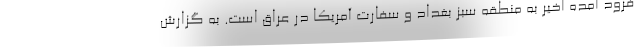
فرود آمده اخیر به منطقه سبز بغداد و سفارت آمریکا در عراق است. به گزارش